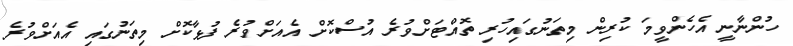
ހުންނާނީ އެހެންވީމަ ކުރިން މިތަނުގައިހުރި ތޮއްޓަށްވުރެ އުސްކޮށް އެއަށްވުރެ ފުޅާކޮށް މިތަނުގައި އެއަށްވުރެ